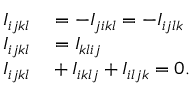
\begin{array} { r l } { I _ { i j k l } } & { { } = - I _ { j i k l } = - I _ { i j l k } } \\ { I _ { i j k l } } & { { } = I _ { k l i j } } \\ { I _ { i j k l } } & { { } + I _ { i k l j } + I _ { i l j k } = 0 . } \end{array}